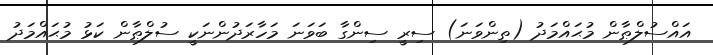
އައްސުލްޠާން މުޙައްމަދު (ތިންވަނަ) ސިރީ ސިންގާ ބަވަނަ މަހާރަދުންނަކީ ސުލްޠާން ކަޅު މުޙައްމަދު